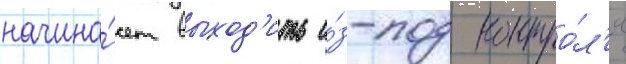
начина́ет выход'ить и́з-под контро́л'я